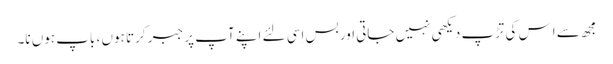
مجھ سے اِس کی تڑپ دیکھی نہیں جاتی اور بس اِسی لئے اپنے آپ پر جبر کرتا ہوں ، باپ ہوں نا۔